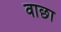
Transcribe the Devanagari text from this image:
वाछा